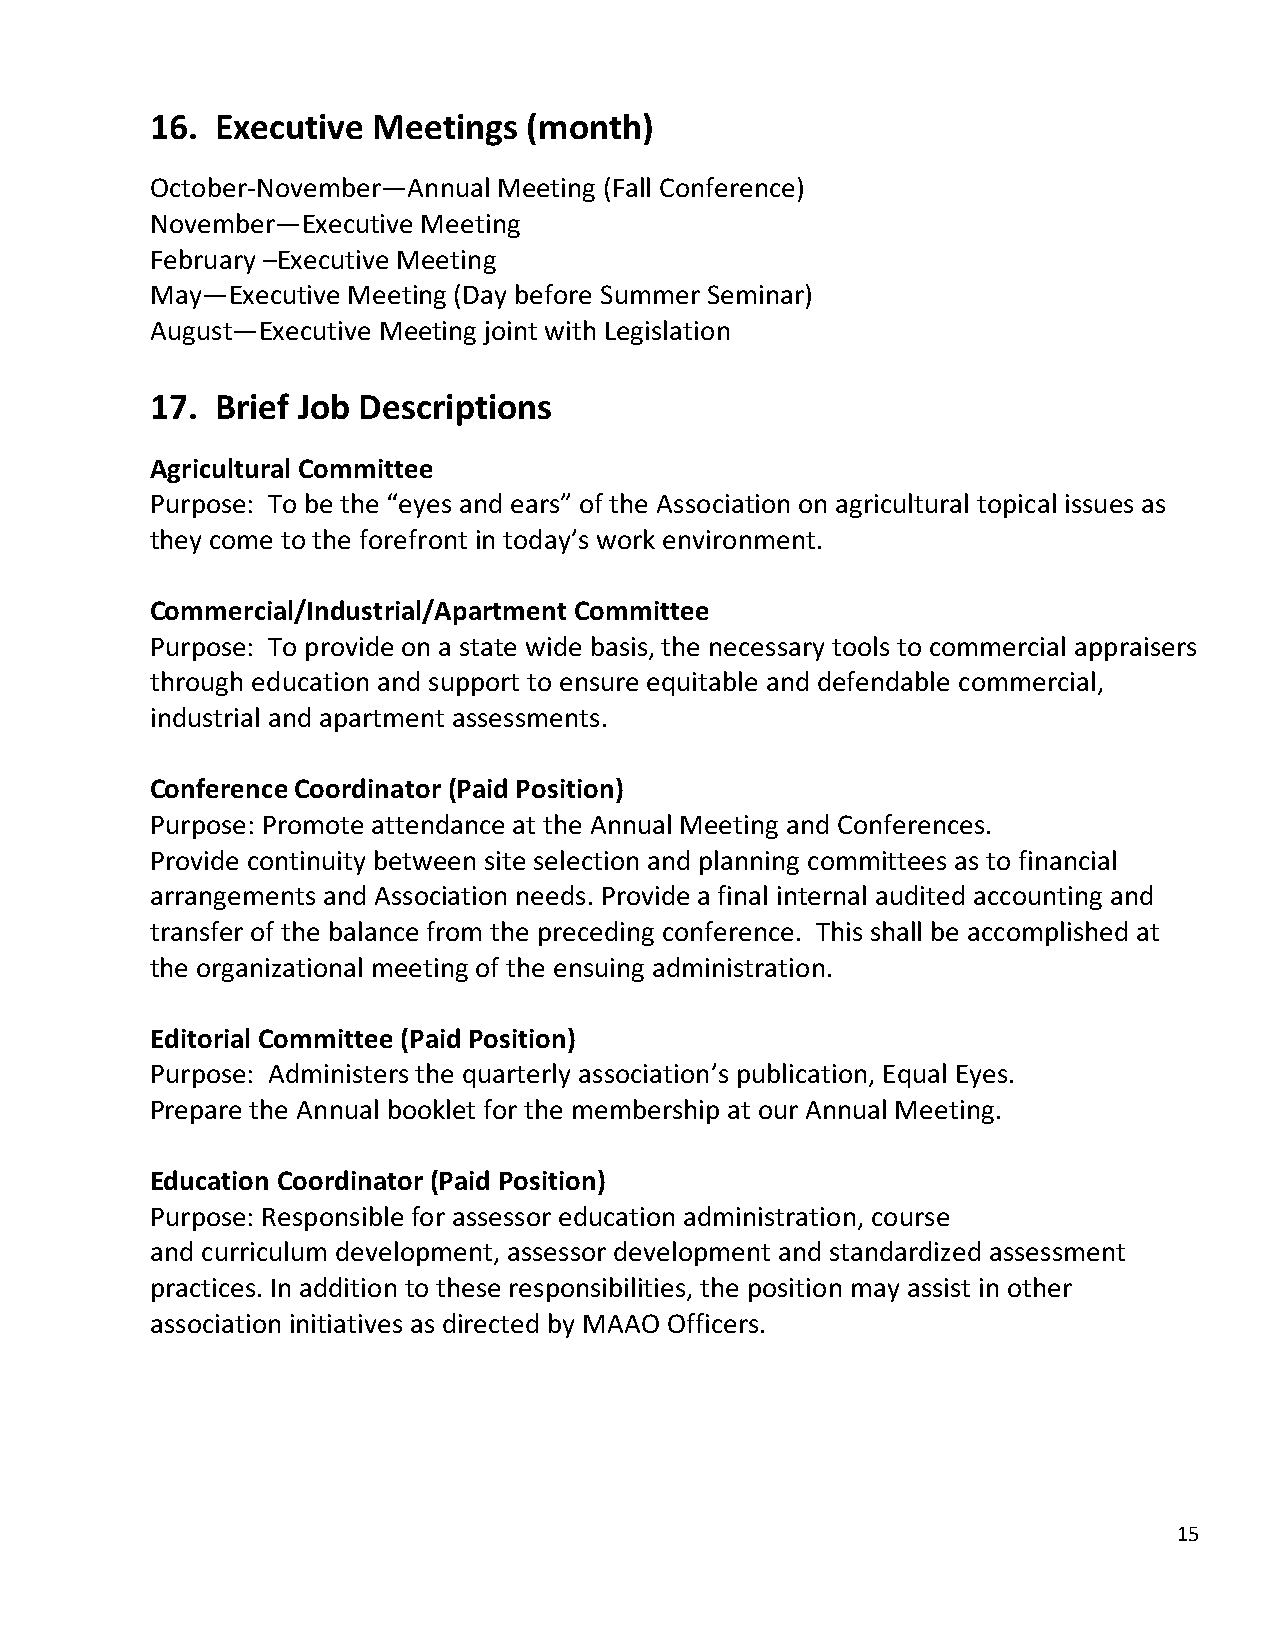
16. Executive  Meetings  (month)
 October-November—Annual Meeting (Fall Conference)
 November—Executive Meeting
 February –Executive Meeting
 May—Executive Meeting (Day before Summer Seminar)
 August—Executive Meeting joint with Legislation
 17. Brief Job Descriptions
 Agricultural Committee
 Purpose: To be the “eyes and ears” of the Association on agricultural topical issues as
 they come to the forefront in today’s work environment.
 Commercial/Industrial/Apartment Committee
 Purpose: To provide on a state wide basis, the necessary tools to commercial appraisers
 through education and support to ensure equitable and defendable commercial,
 industrial and apartment assessments.
 Conference Coordinator (Paid Position)
 Purpose: Promote attendance at the Annual Meeting and Conferences.
 Provide continuity between site selection and planning committees as to financial
 arrangements and Association needs. Provide a final internal audited accounting and
 transfer of the balance from the preceding conference. This shall be accomplished at
 the organizational meeting of the ensuing administration.
 Editorial Committee (Paid Position)
 Purpose: Administers the quarterly association’s publication, Equal Eyes.
 Prepare the Annual booklet for the membership at our Annual Meeting.
 Education Coordinator (Paid Position)
 Purpose: Responsible for assessor education administration, course
 and curriculum development, assessor development and standardized assessment
 practices. In addition to these responsibilities, the position may assist in other
 association initiatives as directed by MAAO Officers.
 15